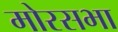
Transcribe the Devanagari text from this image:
मोरसभा